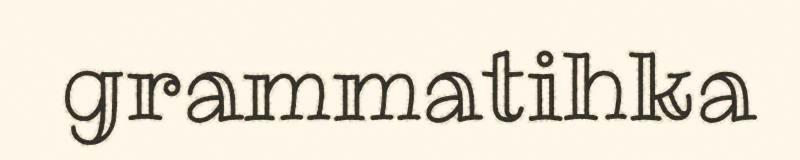
grammatihka